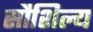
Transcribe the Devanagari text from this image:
सौशिल्य